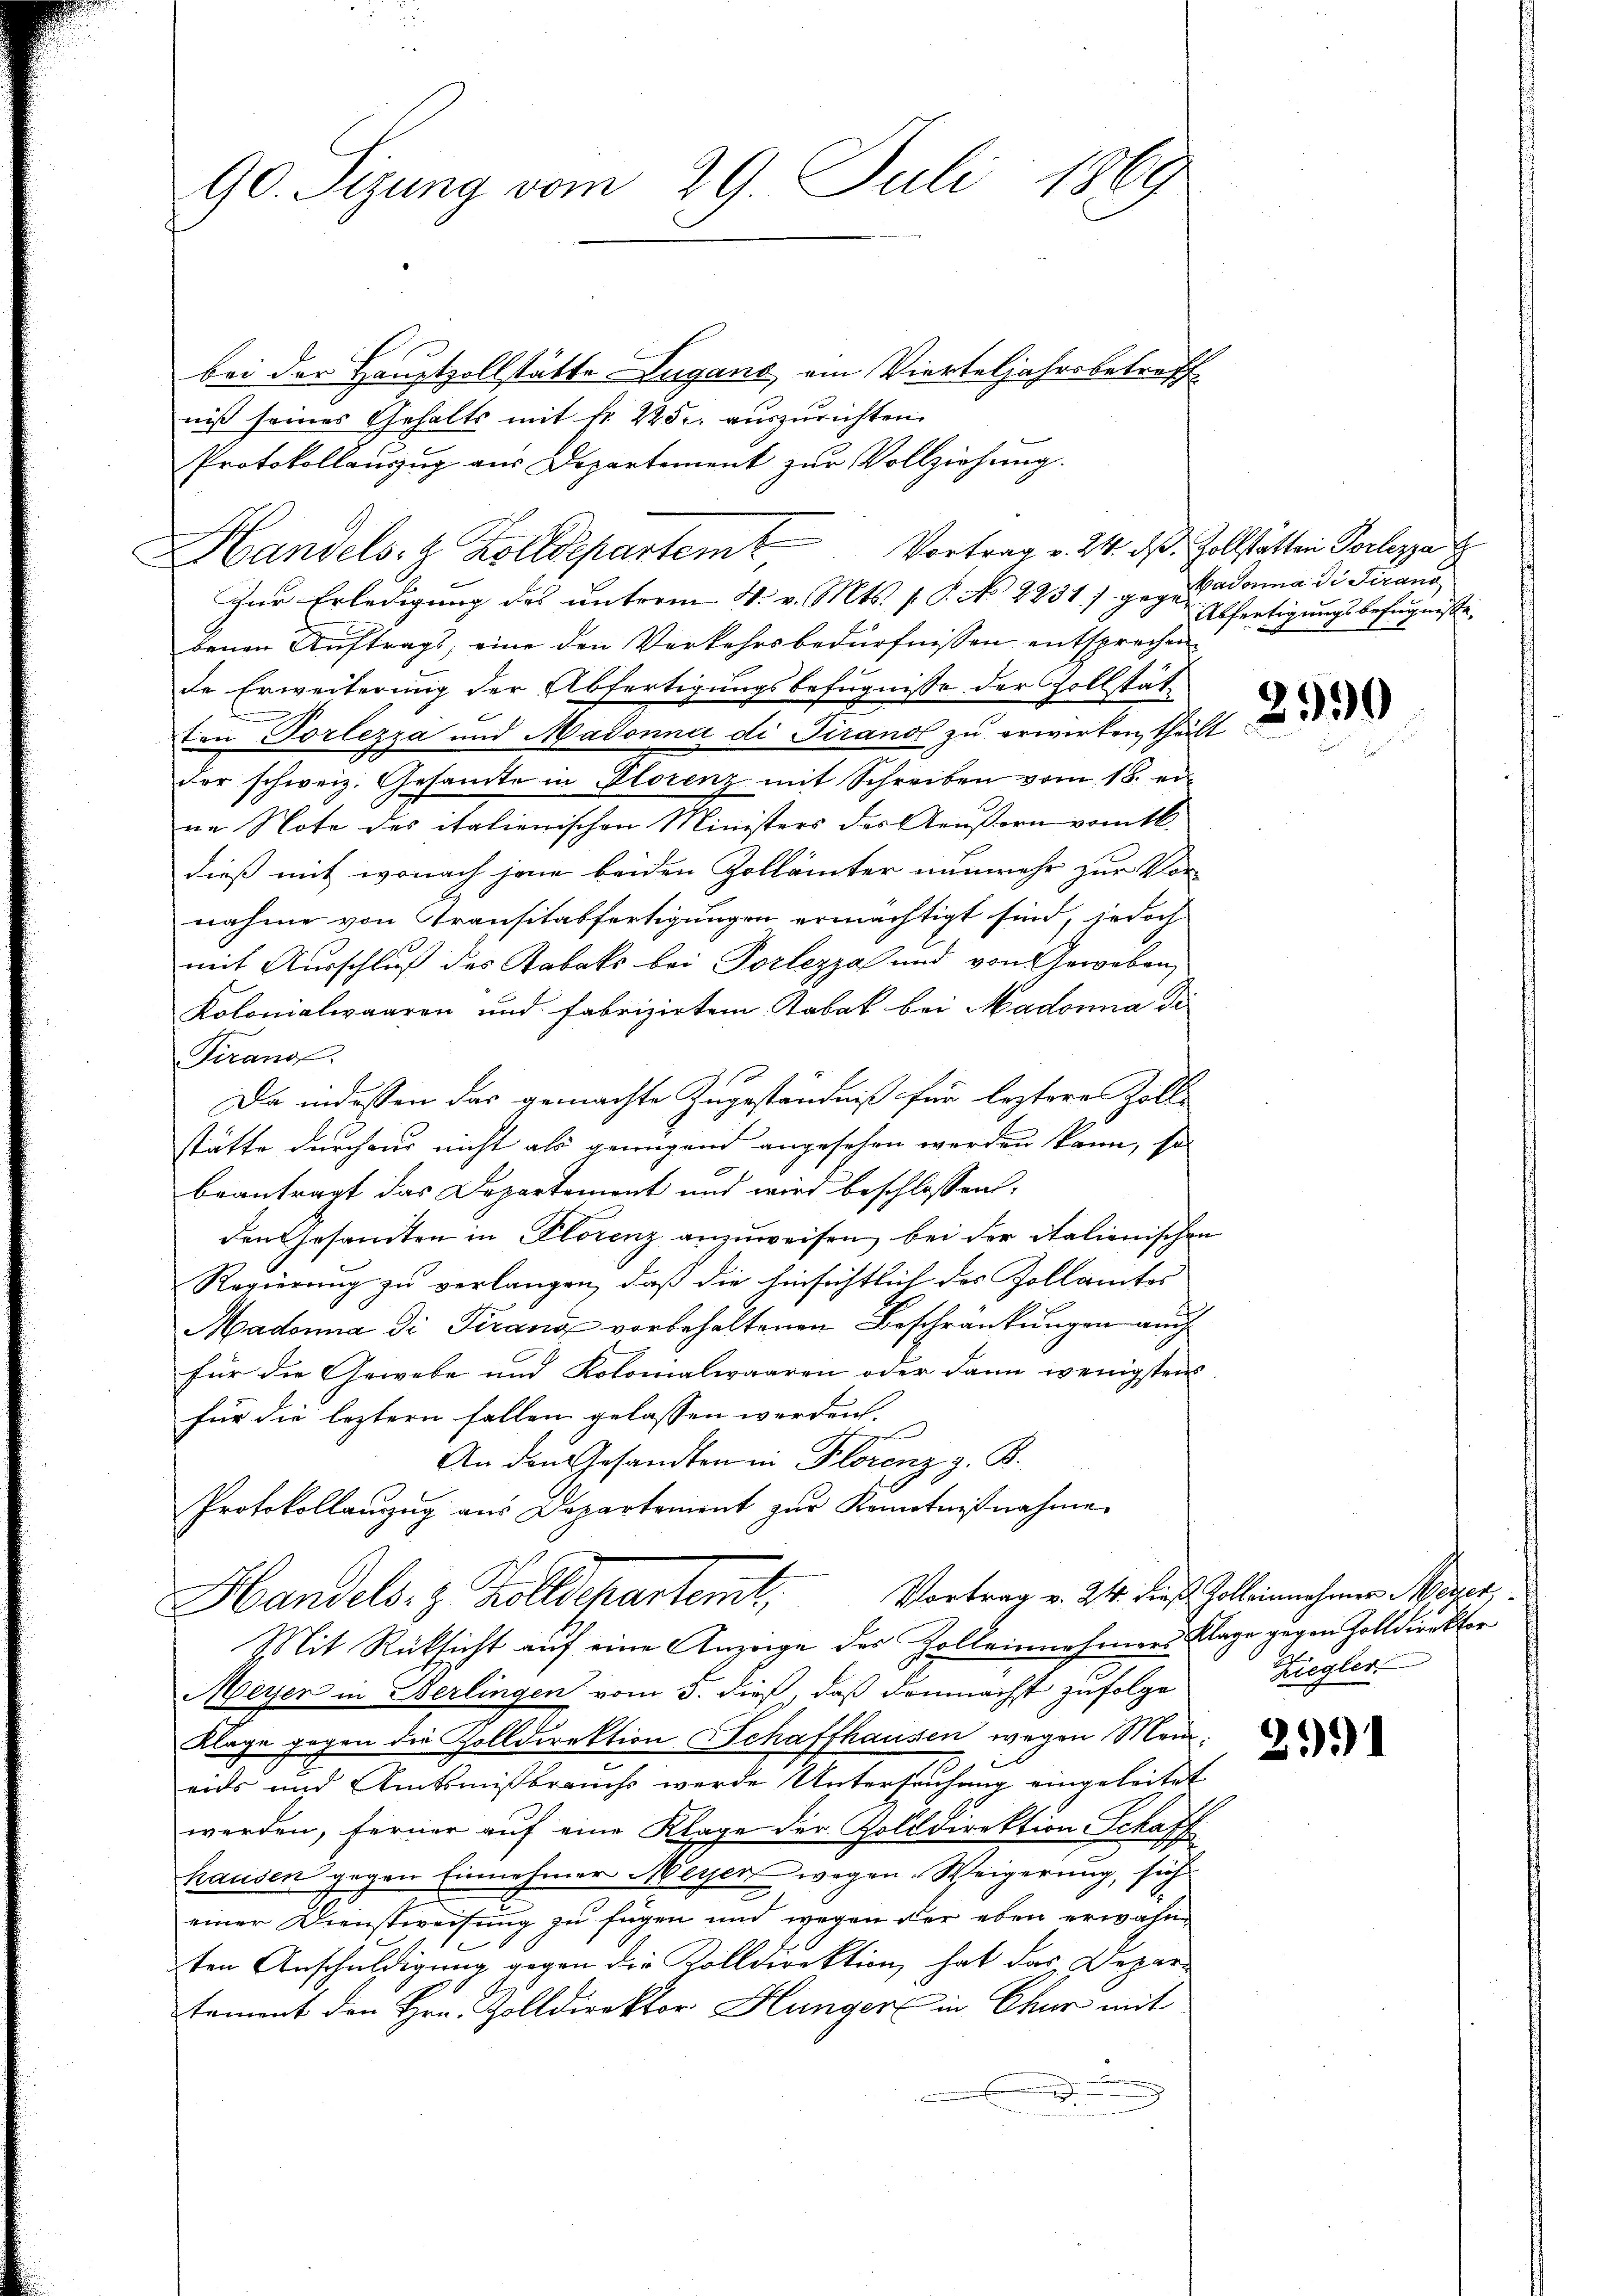
90. Sizung vom 29. Juli 1869

bei der Hauptzollstätte Lugano am Vierteljahrsbetroff
niß seines Gehalts mit Nr. 225. auszurichten.
Protokollanzŭg aŭs Departement zŭr Vollziehŭng.
Zur Erledigung des unterm 4. v. Mts. v. P. No 2231) gegen Donna di Firand
benen Auftrags, eine den Verkehrsbedürfnissen entsprechen
de Erweiterung der Abfertigungsbefugnisse der Zollstät,
ton Vorlezza und Madonna di Pirand zu erwirken, thält
der schweiz. Gesamte in Florenz mit Schreiben vom 18. er-
ne Note des italienischen Ministers des Aeußern vom 16.
dieß mit wonach jene beiden Zollämter nunmehr zur Vor-
nahme von Transitätfertigungen ermächtigt sind, jedoch
mit Ausschluß des Kabaks bei Porlezza und von Geweben,
Kolonialwaaren und fabrizirtem Tabak bei Madonna di
Tirano.
Da indessen das gemachte Zugeständniß für leztere Zoll-
stätte durchaus nicht als genügend angesehen werden kann, so
beantragt das Departement und wird beschlossen:
den Gesandten in Florenz anzuweisen, bei der italienischen
Regierung zu verlangen, daß die hinsichtlich des Zollamtes
Madonna di Pirano vorbehaltenen Beschränkungen auch
für die Gewebe und Kolonialwaaren oder dann wenigsten
für die leztern fallen gelassen werden.
An den Gesandten in Florenz z. B.
Protokollanzŭg aŭs Departement zŭr Kenntnißnahme
Vortrag v. 24. dieß Zolleinnahmer Meyer,
Handels. z. Kolldepartent,
Mit Rücksicht auf eine Anzeige des Zolleinnahmens Klage gegen Zolldirekter
Meyer in Berlingen vom 3. dieß, daß demnächst zufolge
Klage gegen die Zolldirektion Schafthausen wegen Mei¬
2
eas und Amtsmißbrauchs werde Untersuchung eingeleitet
werden, ferner auf eine Klage der Zolldirektion Schaff
hausen gegen Einnehmer Meyer wegen Weigerung, sich
einer Dienstweisung zu fügen und wegen der eben erwähnten Anschuldigung gegen die Zolldirektion, hat das Depari
tament den Hrn. Zolldirektor Hunger in Chur mit

Handels- & Zolldepartemt

Vortrag v. 24. ds. Zollstätten Vorlezza
Abfertigungsbefugnisse,

2330

Ziegler

291